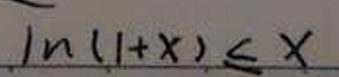
\[
\ln(1 + x) \leq x
\]